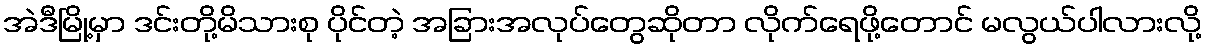
အဲဒီမြို့မှာ ဒင်းတို့မိသားစု ပိုင်တဲ့ အခြားအလုပ်တွေဆိုတာ လိုက်ရေဖို့တောင် မလွယ်ပါလားလို့